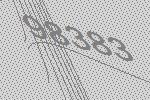
98383